Report on lock hospitals in British Burma
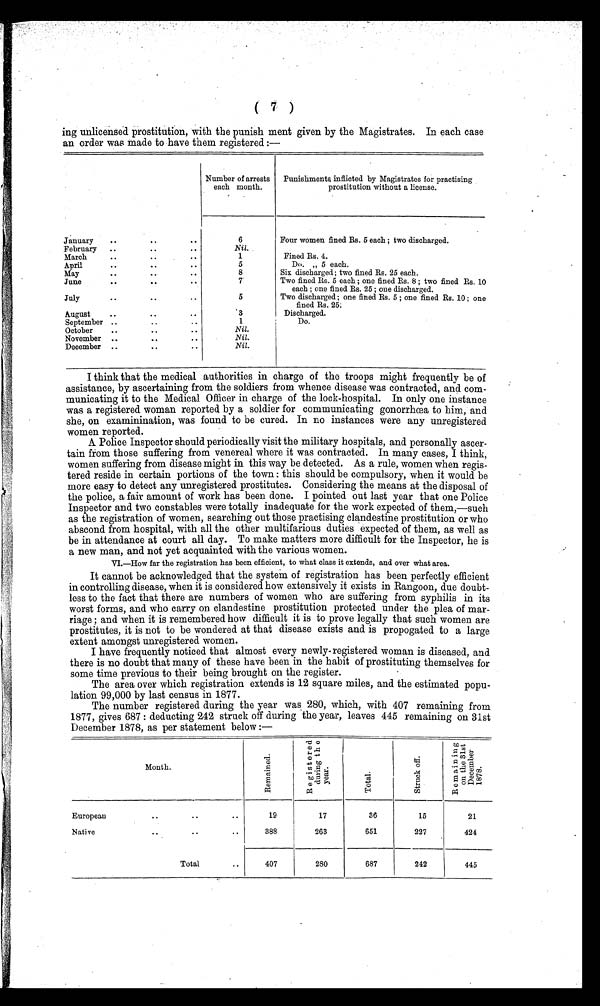
( 7 )
ing unlicensed prostitution, with the punish ment given by the Magistrates. In each case
an order was made to have them registered :—
January
..
.. ..
Number of arrests
each month.
Punishments inflicted by Magistrates for practising
prostitution without a license.
6
Four women fined Rs. 5 each ; two discharged.
February
..
..
..
Nil.
Fined Rs. 4.
March
..
..
. .
1
5
Do. „ 5 each.
April
. .
. .
. .
8
Six discharged; two fined Rs. 25 each.
May
. .
..
. .
7
Two fined Rs. 5 each ; one fined Rs. 8 ; two fined Rs. 10
each ; one fined Rs. 25 ; one discharged.
June
. .
. .
. .
5
July
..
..
..
Two discharged ; one fined Rs. 5 ; one fined Rs. 10 ; one
fined Rs. 25:
August
..
..
. .
3
Discharged.
September ..
. .
..
1
Do.
Nil.
October
. .
..
..
Nil.
November
..
. .
. .
Nil.
December ..
..
..
I think that the medical authorities in charge of the troops might frequently be of
assistance, by ascertaining from the soldiers from whence disease was contracted, and com-
municating it to the Medical Officer in charge of the lock-hospital. In only one instance
was a registered woman reported by a soldier for communicating gonorrhœa to him, and
she, on examinination, was found to be cured. In no instances were any unregistered
women reported.
A Police Inspector should periodically visit the military hospitals, and personally ascer-
tain from those suffering from venereal where it was contracted. In many cases, I think,
women suffering from disease might in this way be detected. As a rule, women when regis-
tered reside in certain portions of the town : this should be compulsory, when it would be
more easy to detect any unregistered prostitutes. Considering the means at the disposal of
the police, a fair amount of work has been done. I pointed out last year that one Police
Inspector and two constables were totally inadequate for the work expected of them,—such
as the registration of women, searching out those practising clandestine prostitution or who
abscond from hospital, with all the other multifarious duties expected of them, as well as
be in attendance at court all day. To make matters more difficult for the Inspector, he is
a new man, and not yet acquainted with the various women.
VI.—How far the registration has been efficient, to what class it extends, and over what area.
It cannot be acknowledged that the system of registration has been perfectly efficient
in controlling disease, when it is considered how extensively it exists in Rangoon, due doubt-
less to the fact that there are numbers of women who are suffering from syphilis in its
worst forms, and who carry on clandestine prostitution protected under the plea of mar-
riage ; and when it is remembered how difficult it is to prove legally that such women are
prostitutes, it is not to be wondered at that disease exists and is propogated to a large
extent amongst unregistered women.
I have frequently noticed that almost every newly-registered woman is diseased, and
there is no doubt that many of these have been in the habit of prostituting themselves for
some time previous to their being brought on the register.
The area over which registration extends is 12 square miles, and the estimated popu-
lation 99,000 by last census in 1877.
The number registered during the year was 280, which, with 407 remaining from
1877, gives 687: deducting 242 struck off during the year, leaves 445 remaining on 31st
December 1878, as per statement below :—
Month.
R e m a i n e d .
R e g i s t e r e d d u r i n g t h e y e a r .
T o t a l .
S t r u c k o f f .
R e m a i n i n g o n t h e 3 1 s t D e c e m b e r 1 8 7 8 .
European
Native
..
..
..
..
..
..
19
388
17
263
36
651
15
227
21
424
Total
..
407
280
687
242
445